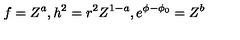
f = Z ^ { a } , h ^ { 2 } = r ^ { 2 } Z ^ { 1 - a } , e ^ { \phi - \phi _ { 0 } } = Z ^ { b }